Leprosy in India: report of the Leprosy Commission in India, 1890-91
Year: 1890
Disease focus: Leprosy
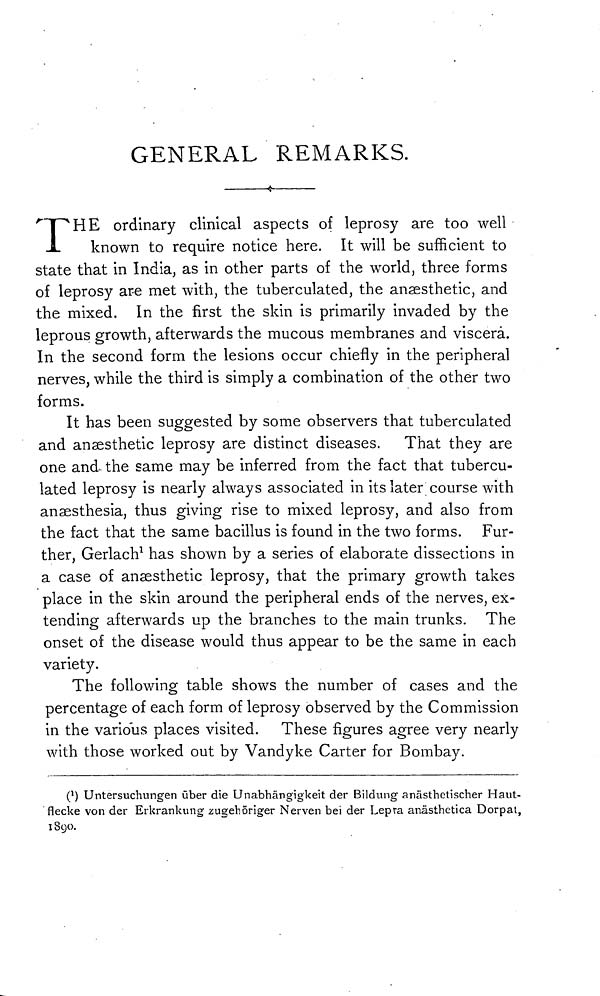
GENERAL REMARKS.
THE
ordinary clinical aspects of leprosy are too well
<W> known to require notice here. It will be sufficient to
state that in India, as in other parts of the world, three forms
of leprosy are met with, the tuberculated, the anaesthetic, and
the mixed. In the first the skin is primarily invaded by the
leprous growth, afterwards the mucous membranes and viscera.
In the second form the lesions occur chiefly in the peripheral
nerves, while the third is simply a combination of the other two
forms.
It has been suggested by some observers that tuberculated
and anæsthetic leprosy are distinct diseases. That they are
one and the same may be inferred from the fact that tubercu-
lated leprosy is nearly always associated in its later course with
anaesthesia, thus giving rise to mixed leprosy, and also from
the fact that the same bacillus is found in the two forms. Fur-
ther, Gerlach 1 has shown by a series of elaborate dissections in
a case of anaesthetic leprosy, that the primary growth takes
place in the skin around the peripheral ends of the nerves, ex-
tending afterwards up the branches to the main trunks. The
onset of the disease would thus appear to be the same in each
variety.
The following table shows the number of cases and the
percentage of each form of leprosy observed by the Commission
in the various places visited. These figures agree very nearly
with those worked out by Vandyke Carter for Bombay.
( 1 ) Untersuchungen über die Unabhängigkeit der Bildung anästhetischer Haut-
flecke von der Erkrankung zugehöriger Nerven be<w>der Lepra anästhetica Dorpat,
1890.